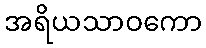
အရိယသာဝကော